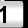
Digit: 1